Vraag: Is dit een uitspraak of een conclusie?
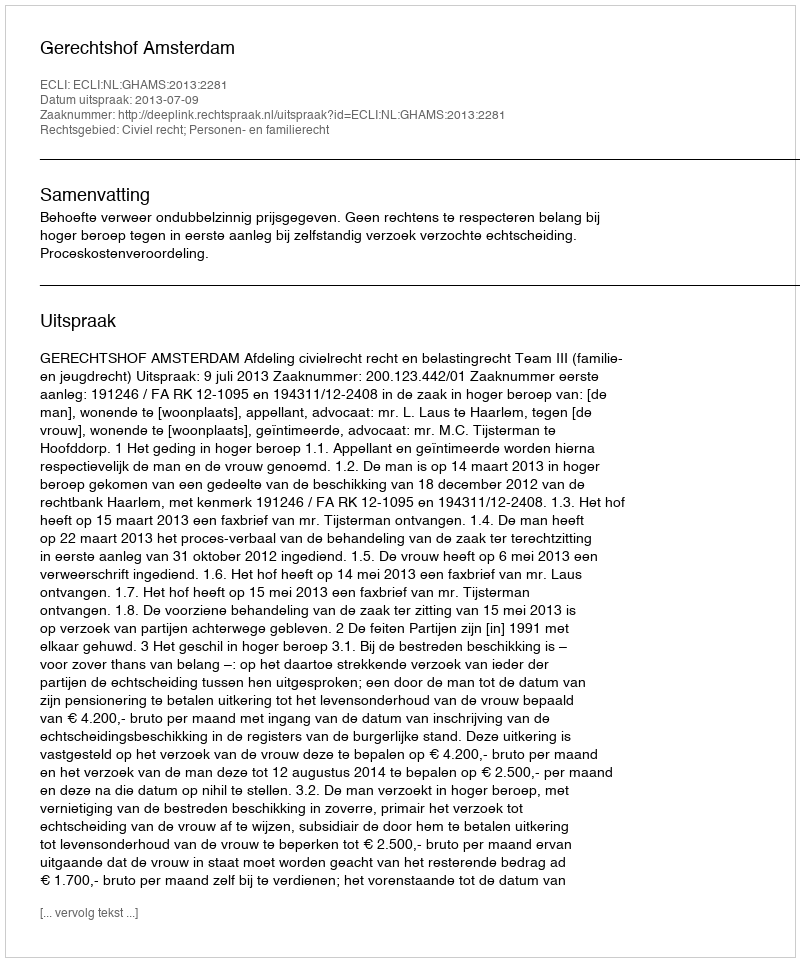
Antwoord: Uitspraak